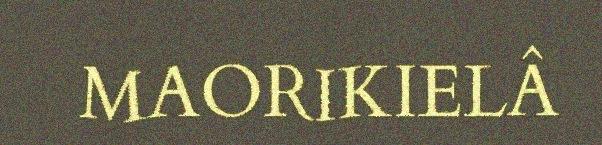
MAORIKIELÂ